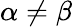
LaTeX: \alpha\ne\beta